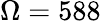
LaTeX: \Omega=588